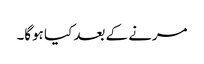
مرنے کے بعد کیا ہوگا۔